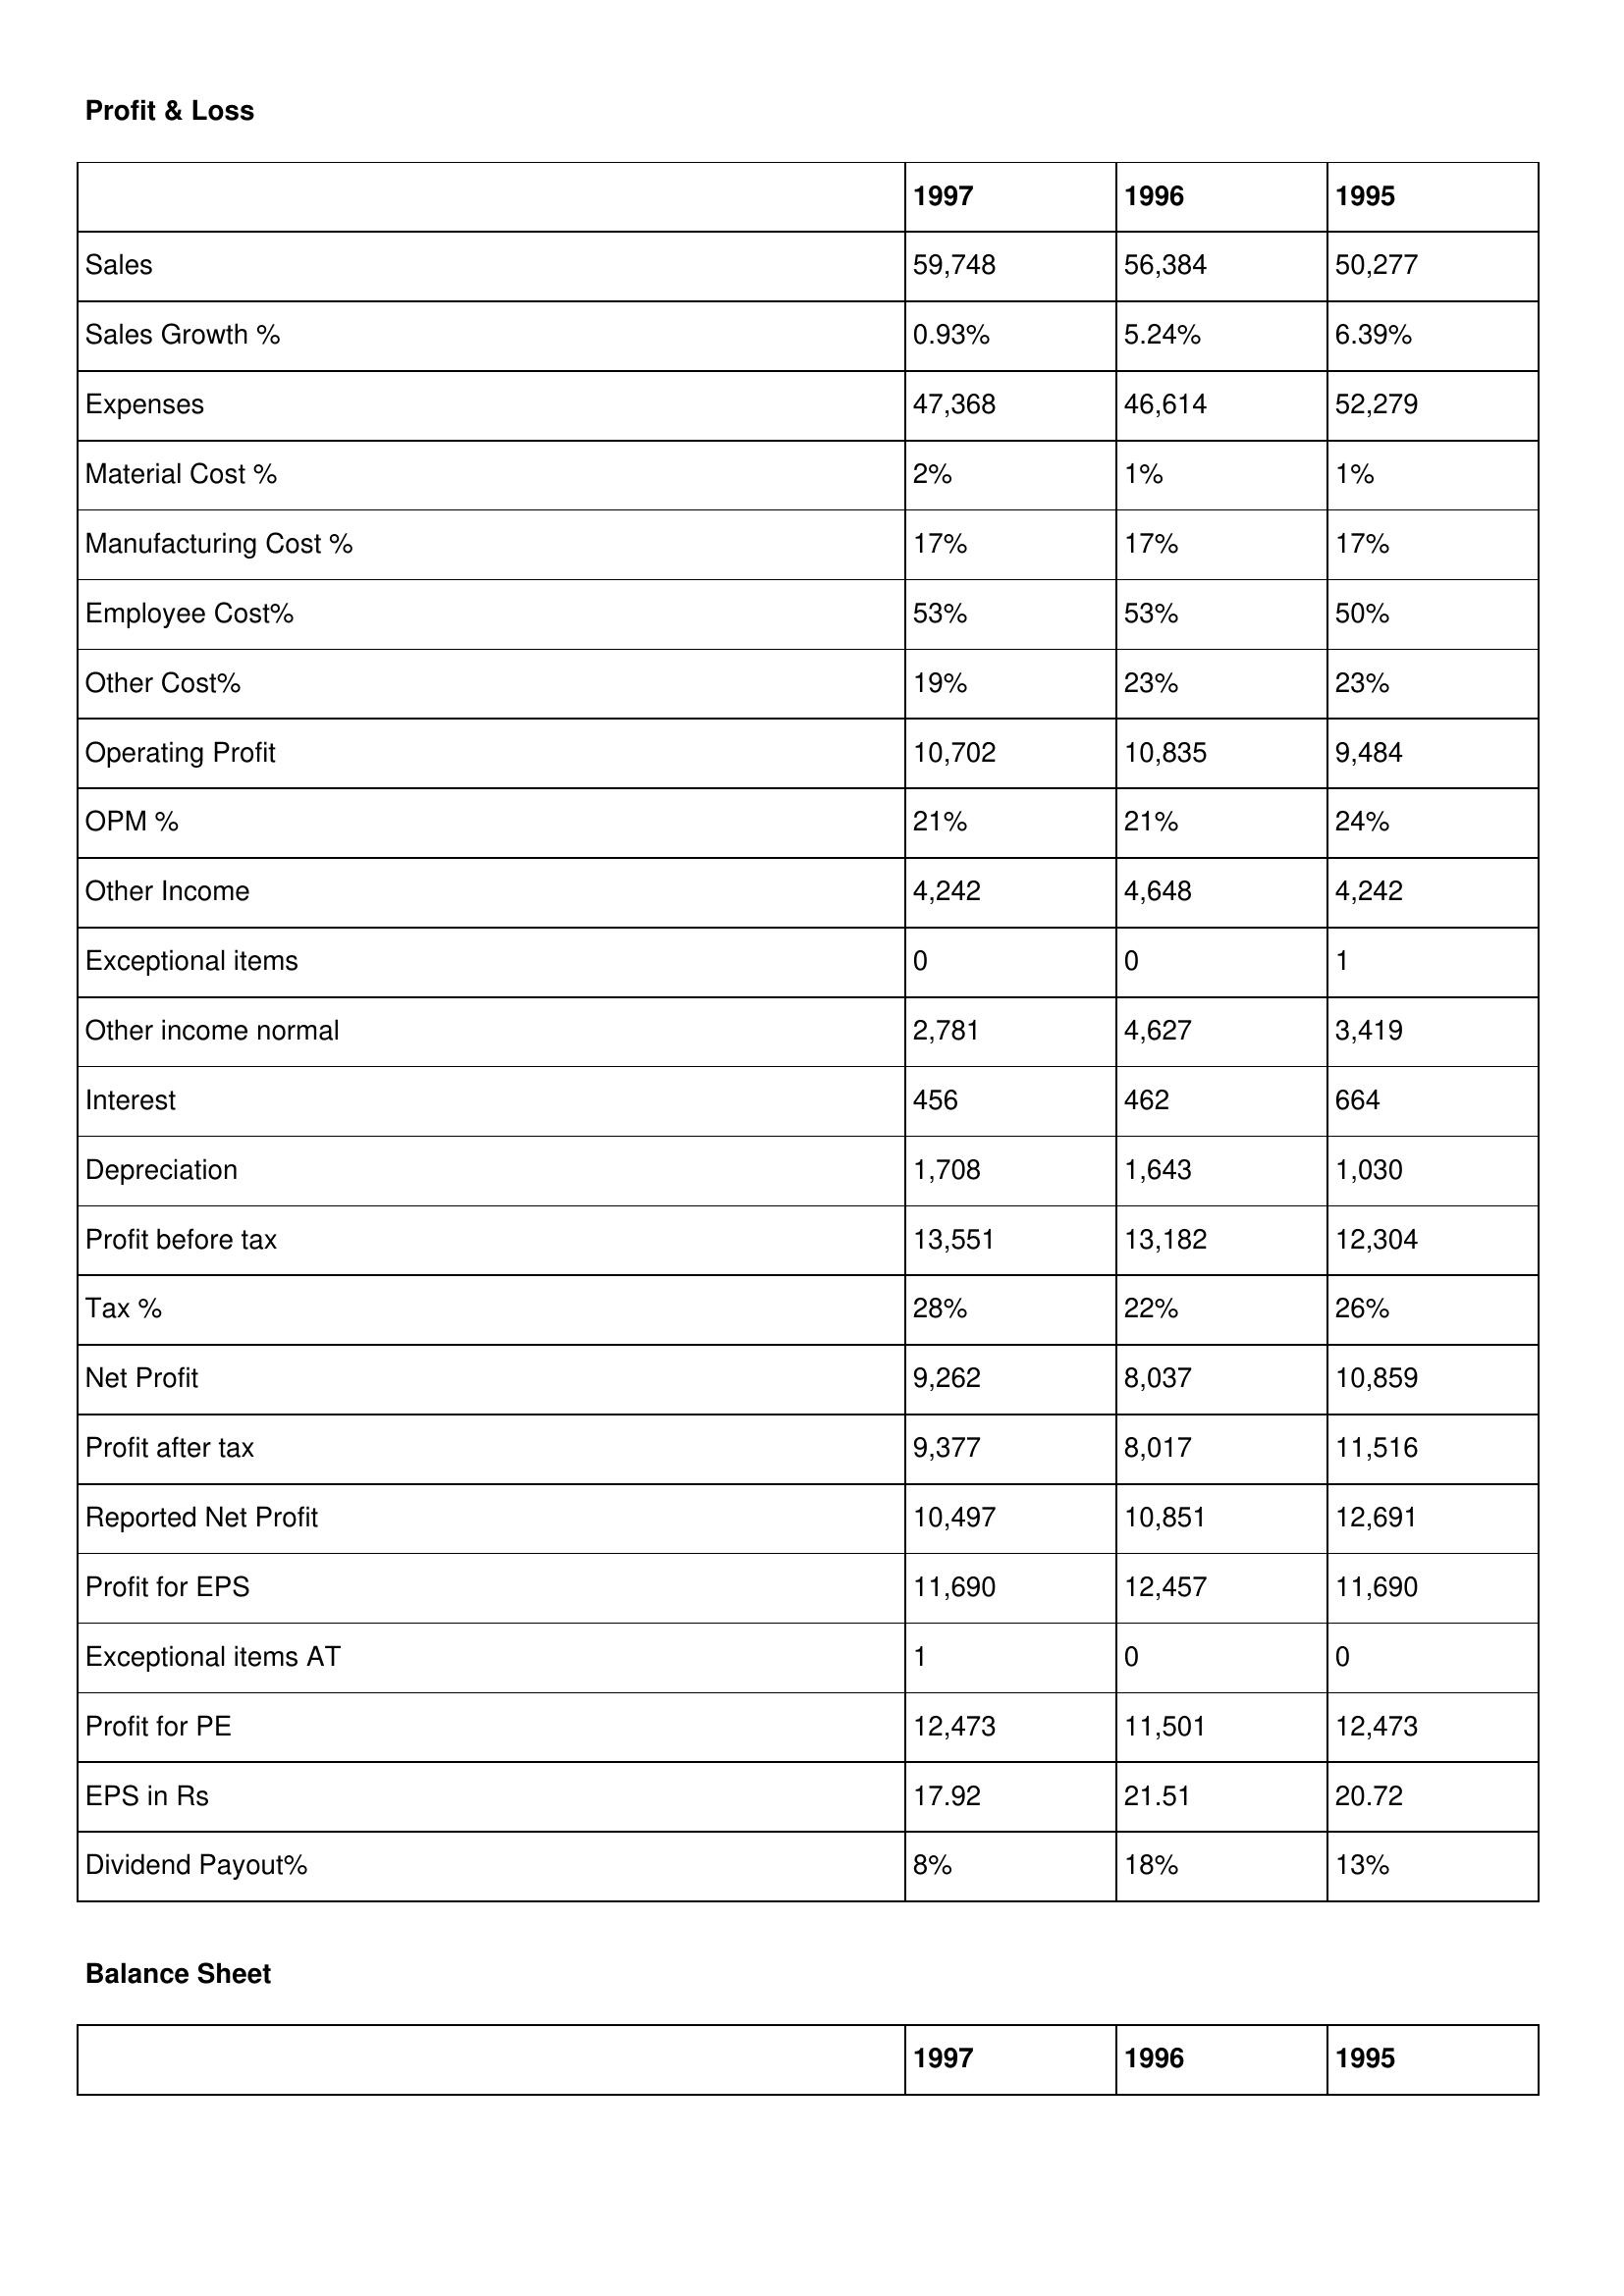
gt_parse: 1997: Profit & Loss: Sales: 59,748
Sales Growth %: 0.93%
Expenses: 47,368
Material Cost %: 2%
Manufacturing Cost %: 17%
Employee Cost%: 53%
Other Cost%: 19%
Operating Profit: 10,702
OPM %: 21%
Other Income: 4,242
Exceptional items: 0
Other income normal: 2,781
Interest: 456
Depreciation: 1,708
Profit before tax: 13,551
Tax %: 28%
Net Profit: 9,262
Profit after tax: 9,377
Reported Net Profit: 10,497
Profit for EPS: 11,690
Exceptional items AT: 1
Profit for PE: 12,473
EPS in Rs: 17.92
Dividend Payout%: 8%
1996: Profit & Loss: Sales: 56,384
Sales Growth %: 5.24%
Expenses: 46,614
Material Cost %: 1%
Manufacturing Cost %: 17%
Employee Cost%: 53%
Other Cost%: 23%
Operating Profit: 10,835
OPM %: 21%
Other Income: 4,648
Exceptional items: 0
Other income normal: 4,627
Interest: 462
Depreciation: 1,643
Profit before tax: 13,182
Tax %: 22%
Net Profit: 8,037
Profit after tax: 8,017
Reported Net Profit: 10,851
Profit for EPS: 12,457
Exceptional items AT: 0
Profit for PE: 11,501
EPS in Rs: 21.51
Dividend Payout%: 18%
1995: Profit & Loss: Sales: 50,277
Sales Growth %: 6.39%
Expenses: 52,279
Material Cost %: 1%
Manufacturing Cost %: 17%
Employee Cost%: 50%
Other Cost%: 23%
Operating Profit: 9,484
OPM %: 24%
Other Income: 4,242
Exceptional items: 1
Other income normal: 3,419
Interest: 664
Depreciation: 1,030
Profit before tax: 12,304
Tax %: 26%
Net Profit: 10,859
Profit after tax: 11,516
Reported Net Profit: 12,691
Profit for EPS: 11,690
Exceptional items AT: 0
Profit for PE: 12,473
EPS in Rs: 20.72
Dividend Payout%: 13%